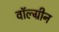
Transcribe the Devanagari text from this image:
वॉल्ग्रीन